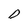
Character: D